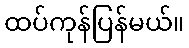
ထပ်ကုန်ပြန်မယ်။